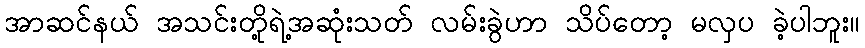
အာဆင်နယ် အသင်းတို့ရဲ့အဆုံးသတ် လမ်းခွဲဟာ သိပ်တော့ မလှပ ခဲ့ပါဘူး။